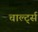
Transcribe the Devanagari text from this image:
चार्ल्ट्स